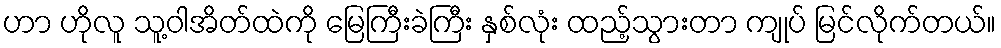
ဟာ ဟိုလူ သူ့ဝါအိတ်ထဲကို မြေကြီးခဲကြီး နှစ်လုံး ထည့်သွားတာ ကျုပ် မြင်လိုက်တယ်။